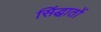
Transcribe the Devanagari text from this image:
सिंद्धातों